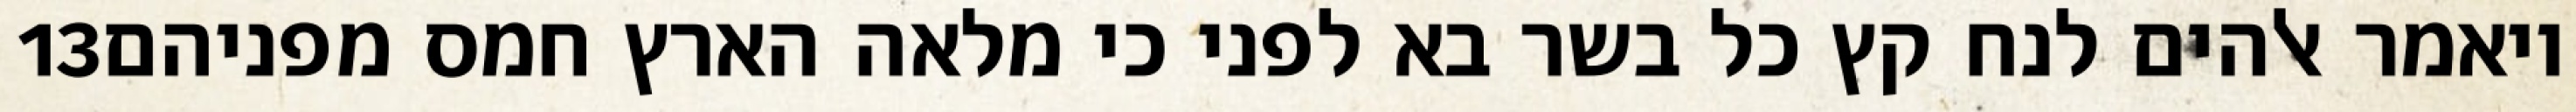
‎13‏ ויאמר אלהים לנח קץ כל בשר בא לפני כי מלאה הארץ חמס מפניהם